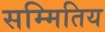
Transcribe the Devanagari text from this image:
सम्मितिय